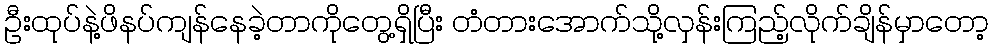
ဦးထုပ်နဲ့ဖိနပ်ကျန်နေခဲ့တာကိုတွေ့ရှိပြီး တံတားအောက်သို့လှန်းကြည့်လိုက်ချိန်မှာတော့